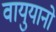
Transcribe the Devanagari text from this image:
वायुयानो